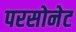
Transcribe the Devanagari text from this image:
परसोनेट